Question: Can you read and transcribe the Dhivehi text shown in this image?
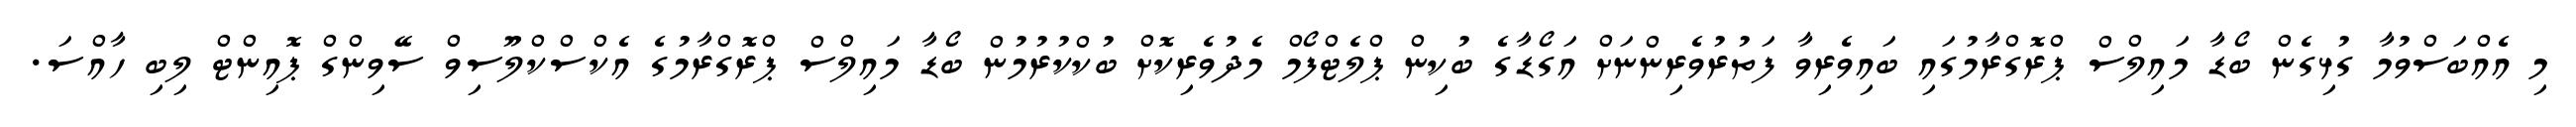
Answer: މި އެއްބަސްވުމާ ގުޅިގެން ބޯޑާ މައިލްސް ޕްރޮގްރާމުގައި ބައިވެރިވާ ފަތުރުވެރިންނަށް އަގޯޑާގެ ބުކިން ޕްލެޓްފޯމް މެދުވެރިކޮށް ބުކްކުރުމުން ބޯޑާ މައިލްސް ޕްރޮގްރާމުގެ އެކްސްކްލޫސިވް ސޭވިންގް ޕޮއިންޓް ލިބި ހާއްސަ.